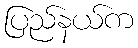
ပြည်နယ်က